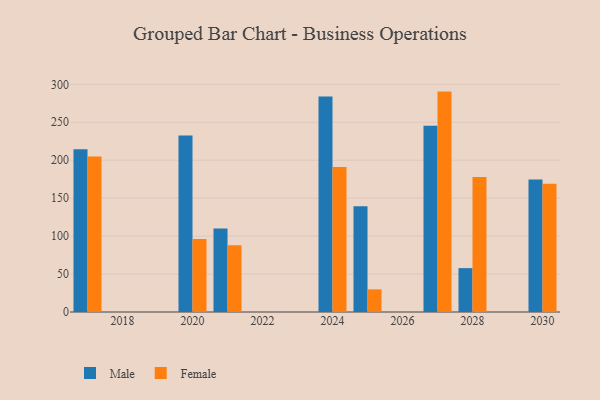
{"axis": {"x": "Year", "y": "Inventory Turnover"}, "legend": ["Female", "Male"], "data": [{"x": "2017", "y": 214.4, "type": "Male"}, {"x": "2017", "y": 204.8, "type": "Female"}, {"x": "2025", "y": 139.5, "type": "Male"}, {"x": "2025", "y": 29.8, "type": "Female"}, {"x": "2027", "y": 245.5, "type": "Male"}, {"x": "2027", "y": 290.4, "type": "Female"}, {"x": "2020", "y": 232.6, "type": "Male"}, {"x": "2020", "y": 96.3, "type": "Female"}, {"x": "2028", "y": 57.8, "type": "Male"}, {"x": "2028", "y": 177.9, "type": "Female"}, {"x": "2024", "y": 284.1, "type": "Male"}, {"x": "2024", "y": 191.0, "type": "Female"}, {"x": "2030", "y": 174.6, "type": "Male"}, {"x": "2030", "y": 169.1, "type": "Female"}, {"x": "2021", "y": 110.1, "type": "Male"}, {"x": "2021", "y": 88.1, "type": "Female"}]}